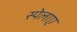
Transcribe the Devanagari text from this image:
स्पेलाए